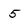
Character: 5